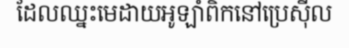
ដែលឈ្នះមេដាយអូឡាំពិកនៅប្រេស៊ីល